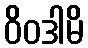
ဝိဝဒါမိ